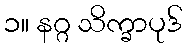
၁။ နဂ္ဂ သိက္ခာပုဒ်